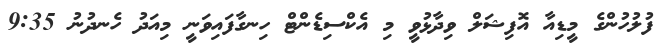
ފުލުހުންގެ މީޑިއާ އޮފިޝަލް ވިދާޅުވީ މި އެކްސިޑެންޓް ހިނގާފައިވަނީ މިއަދު ހެނދުނު 9:35